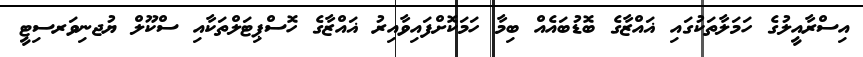
އިސްރާއީލުގެ ހަމަލާތަކުގައި ޣައްޒާގެ ބޮޑުބައެއް ބިމާ ހަމަކޮށްފައިވާއިރު ޣައްޒާގެ ހޮސްޕިޓަލްތަކާއި ސްކޫލް ޔުޖނިވަރސިޓީ